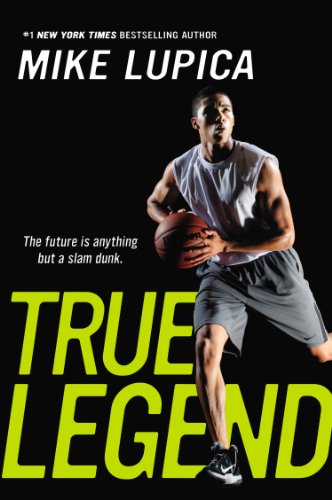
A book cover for True Legend; Mike Lupica; Children's Books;